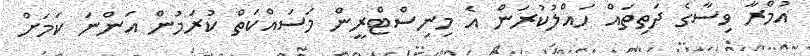
އުމްރާ ވިސާގެ ދަތިތައް ހައްލުކުރަން އެ މިނިސްޓްރީން މަސައްކަތް ކުރަމުން އަންނަ ކަމަށް